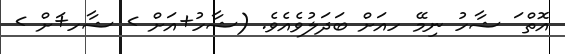
އޮތް ަ ޝާހު ނިމޭ ހއަށް ބަދަލުވެއެވެ. (ޝާހު+އަށް > ޝާހ+ަށް >